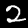
Digit: 2